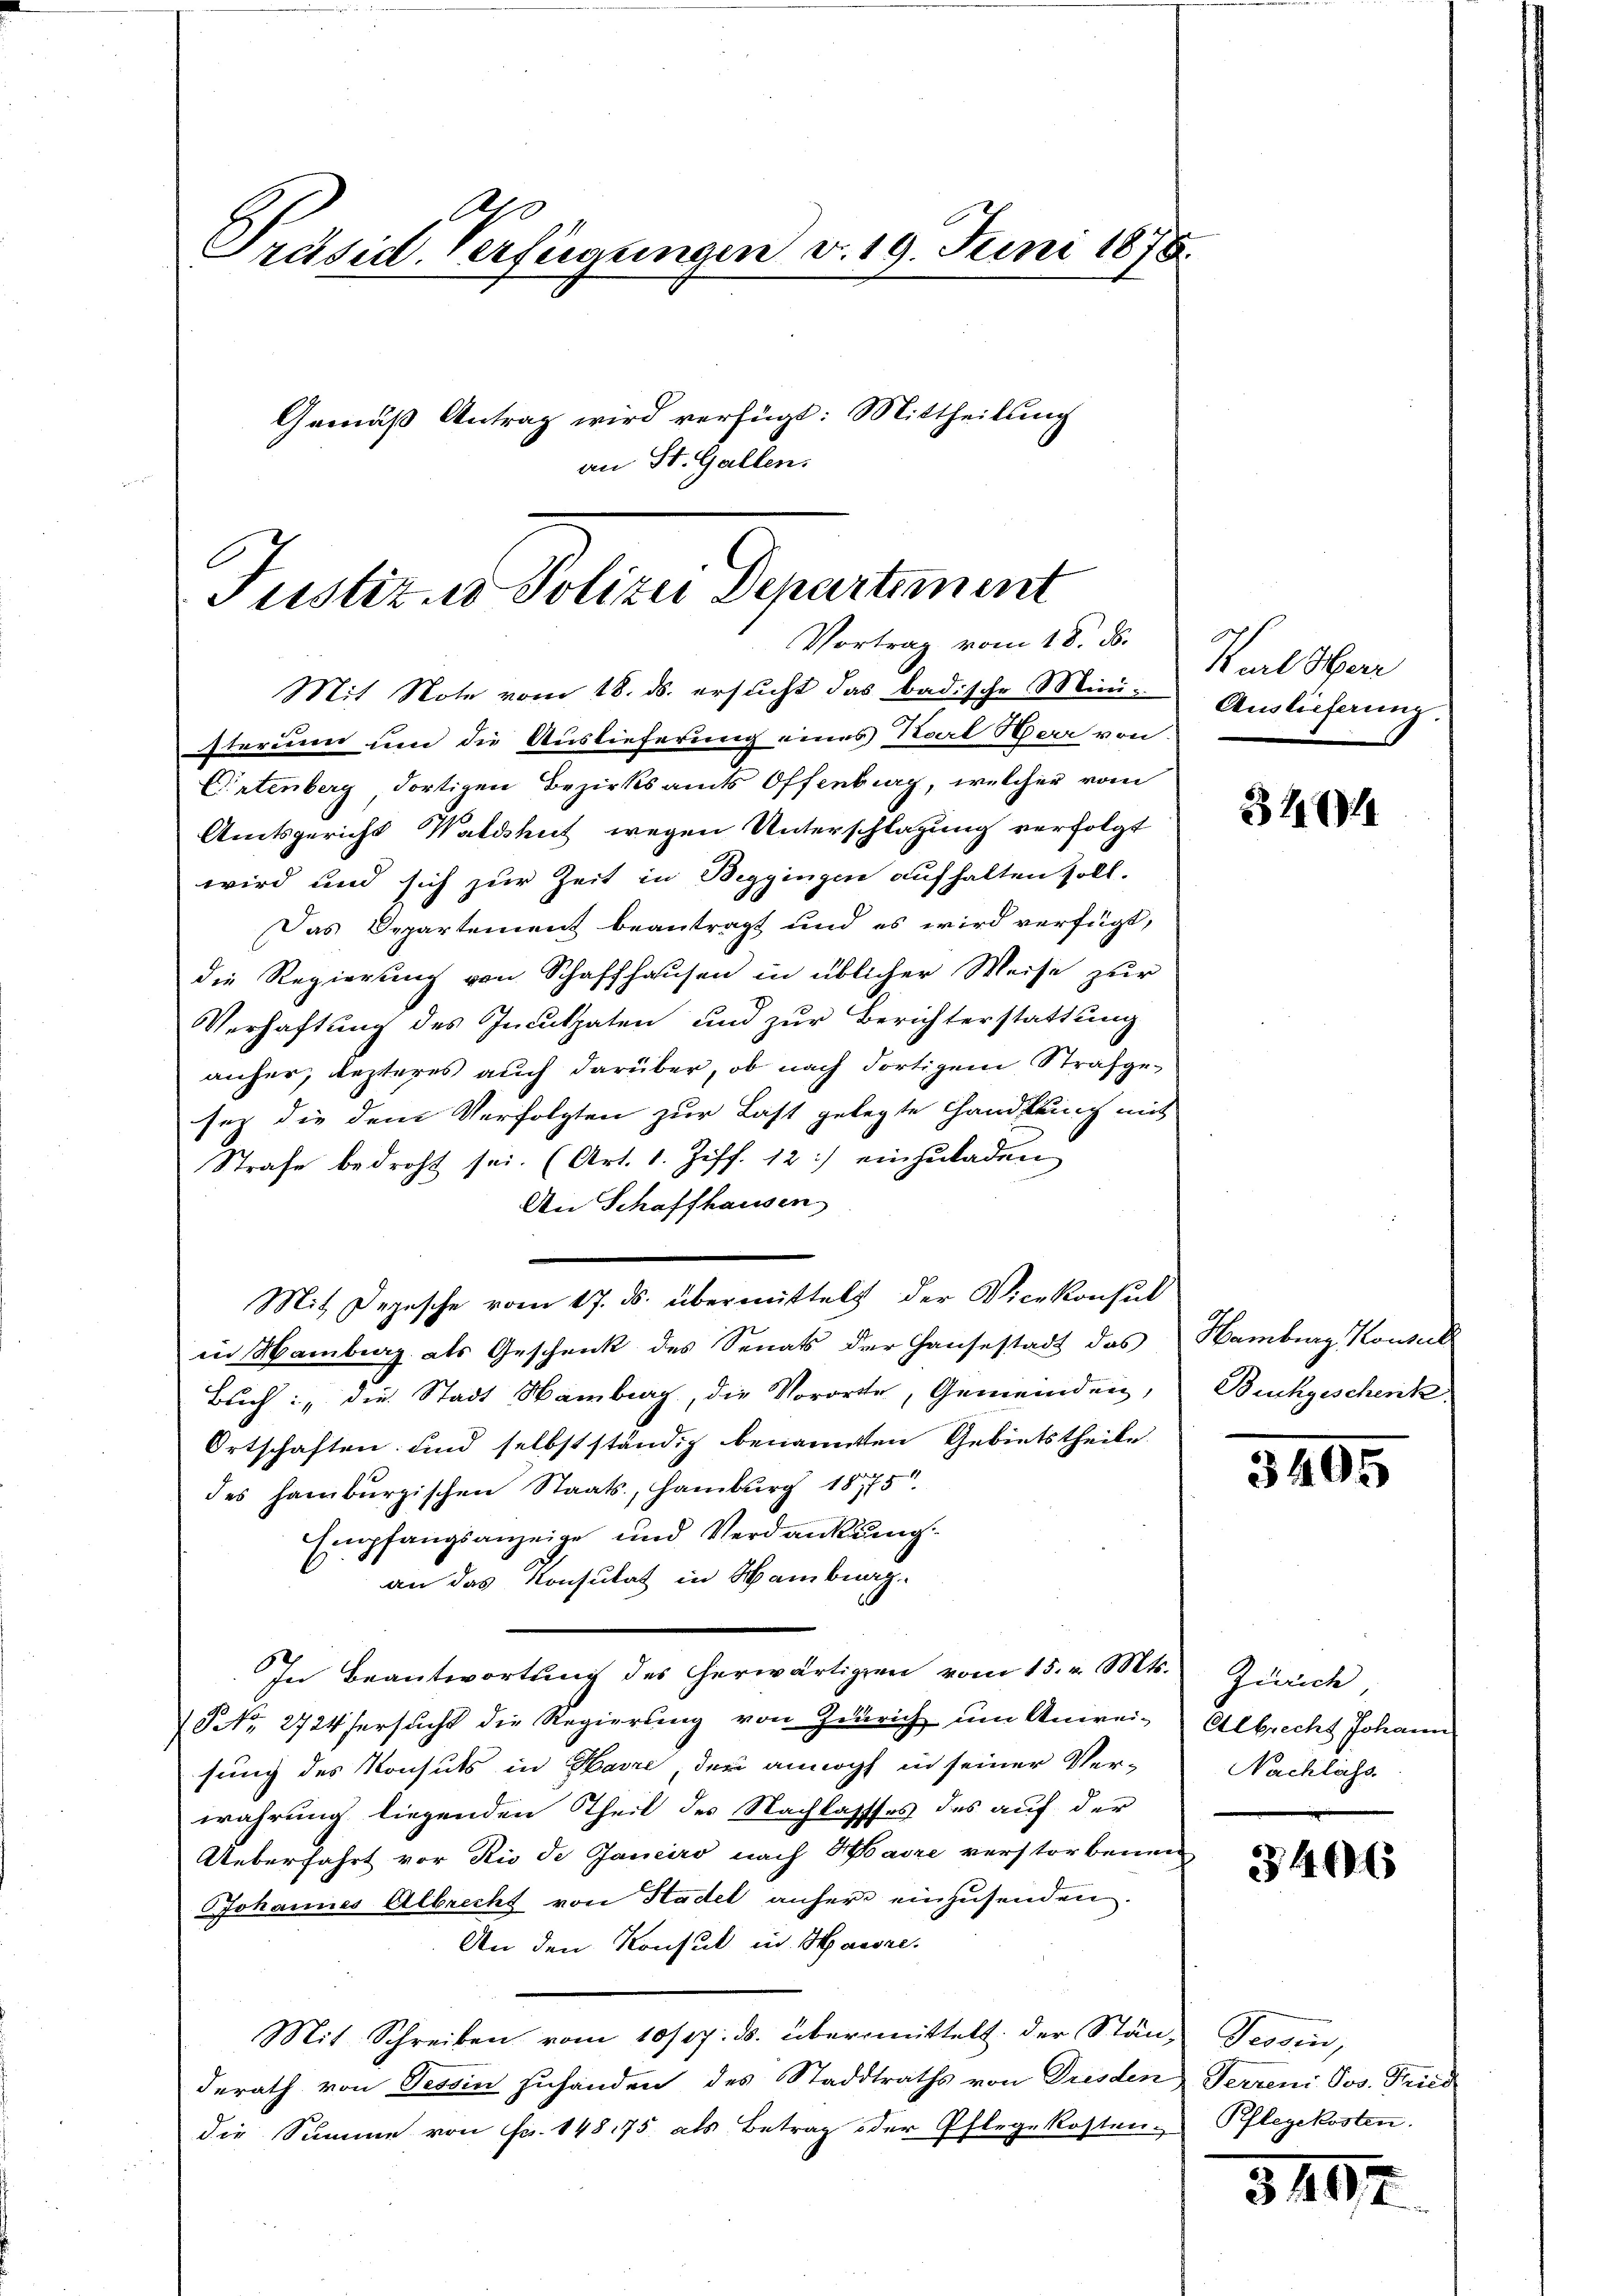
A
Präsid. Verfügungen v. 19. Juni 1878.
Gemäß Antrag wird verfügt: Mittheilung
an St. Gallen.

Justiz er Polizei Departement
Vortrag vom 18. d.

Mit Note vom 18. ds. ersucht das badische Ministerium um die Auslieferung eines Karl Herr von
Eirtenberg dortigen Bezirksamts Offenburg, welcher vom
Amtsgericht Waldshut wegen Unterschlagung verfolgt
wird und sich zur Zeit in Beggingen aufhalten soll.
Das Departement beantragt und es wird verfügt,
die Regierung von Schaffhausen in üblicher Weise zur
Verhaftung des Inculpaten und zur Berichterstattung
anher, lezteres auch darüber, ob nach dortigem Strafgesez die dem Verfolgten zur Last gelegte Handlung mit
Strafe bedroht sei. (Art. 1. Ziff. 12) einzuladen
An Schaffhausen
Mit Depesche vom 17. ds. übermittelst der Vicekonsul
in Hamburg als Geschenk des Senats der Hausestadt das Hamburg Konsul
Buch: „die Stadt Hamburg, die Vororte, Gemeinden,
Ortschaften und selbstständig benannten Gebietstheile
des Hamburgischen Staats-, Hamburg 18775
Empfangsanzeige und Verdankung
an das Konsulat in Hamburg
In Beantwortung des herwärtigen vom 15. v. Mts. Zürich,
(No. 2724fersucht die Regierung von Zürich um Anweisung des Konsuls in Havre, der annoch in seiner Ver-
wahrung liegenden Theil des Nachlassses des auf der
Ueberfahrt vor Rio de Janeiro nach Havre verstorbenen
JJohannes Albrecht von Stadel anher einzusenden.
An den Konsul in Hausre
Mit Schreiben vom 10/27. ds. übermittelt. der Stän- Tessin,
derath von Tessin zuhanden des Stadtraths von Dresden Ferren Jos. Fried
die Summe von Fr. 148175 als Betrag der Pflegekosten Pflegekosten.

Karl Herr
Auslieferung.

320

Buckgeschenk

3495

Albrecht Johann
Nachläss

3 40 x

5497